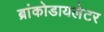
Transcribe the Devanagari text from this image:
ब्रांकोडायलेटर